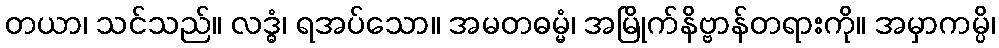
တယာ၊ သင်သည်။ လဒ္ဓံ၊ ရအပ်သော။ အမတဓမ္မံ၊ အမြိုက်နိဗ္ဗာန်တရားကို။ အမှာကမ္ပိ၊